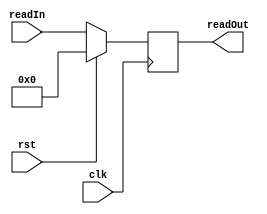
`timescale 1ns / 1ps
//////////////////////////////////////////////////////////////////////////////////
// Company: 
// Engineer: 
// 
// Design Name: 
// Module Name:    reg_b 
// Project Name: 
// Target Devices: 
// Tool versions: 
// Description: 
//
// Dependencies: 
//
// Revision: 
// Revision 0.01 - File Created
// Additional Comments: 
//
//////////////////////////////////////////////////////////////////////////////////
module reg_read_data(
		input clk,
		input rst,
		input [31:0] readIn,
		output reg [31:0] readOut
    );
	 
	always @(posedge clk)
		begin
		if (rst)
			begin
			readOut <= 32'h00000000;
			end
		else
			begin
			readOut <= readIn;
			end
		end
		
endmodule